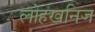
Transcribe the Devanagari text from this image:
लोहखनिज